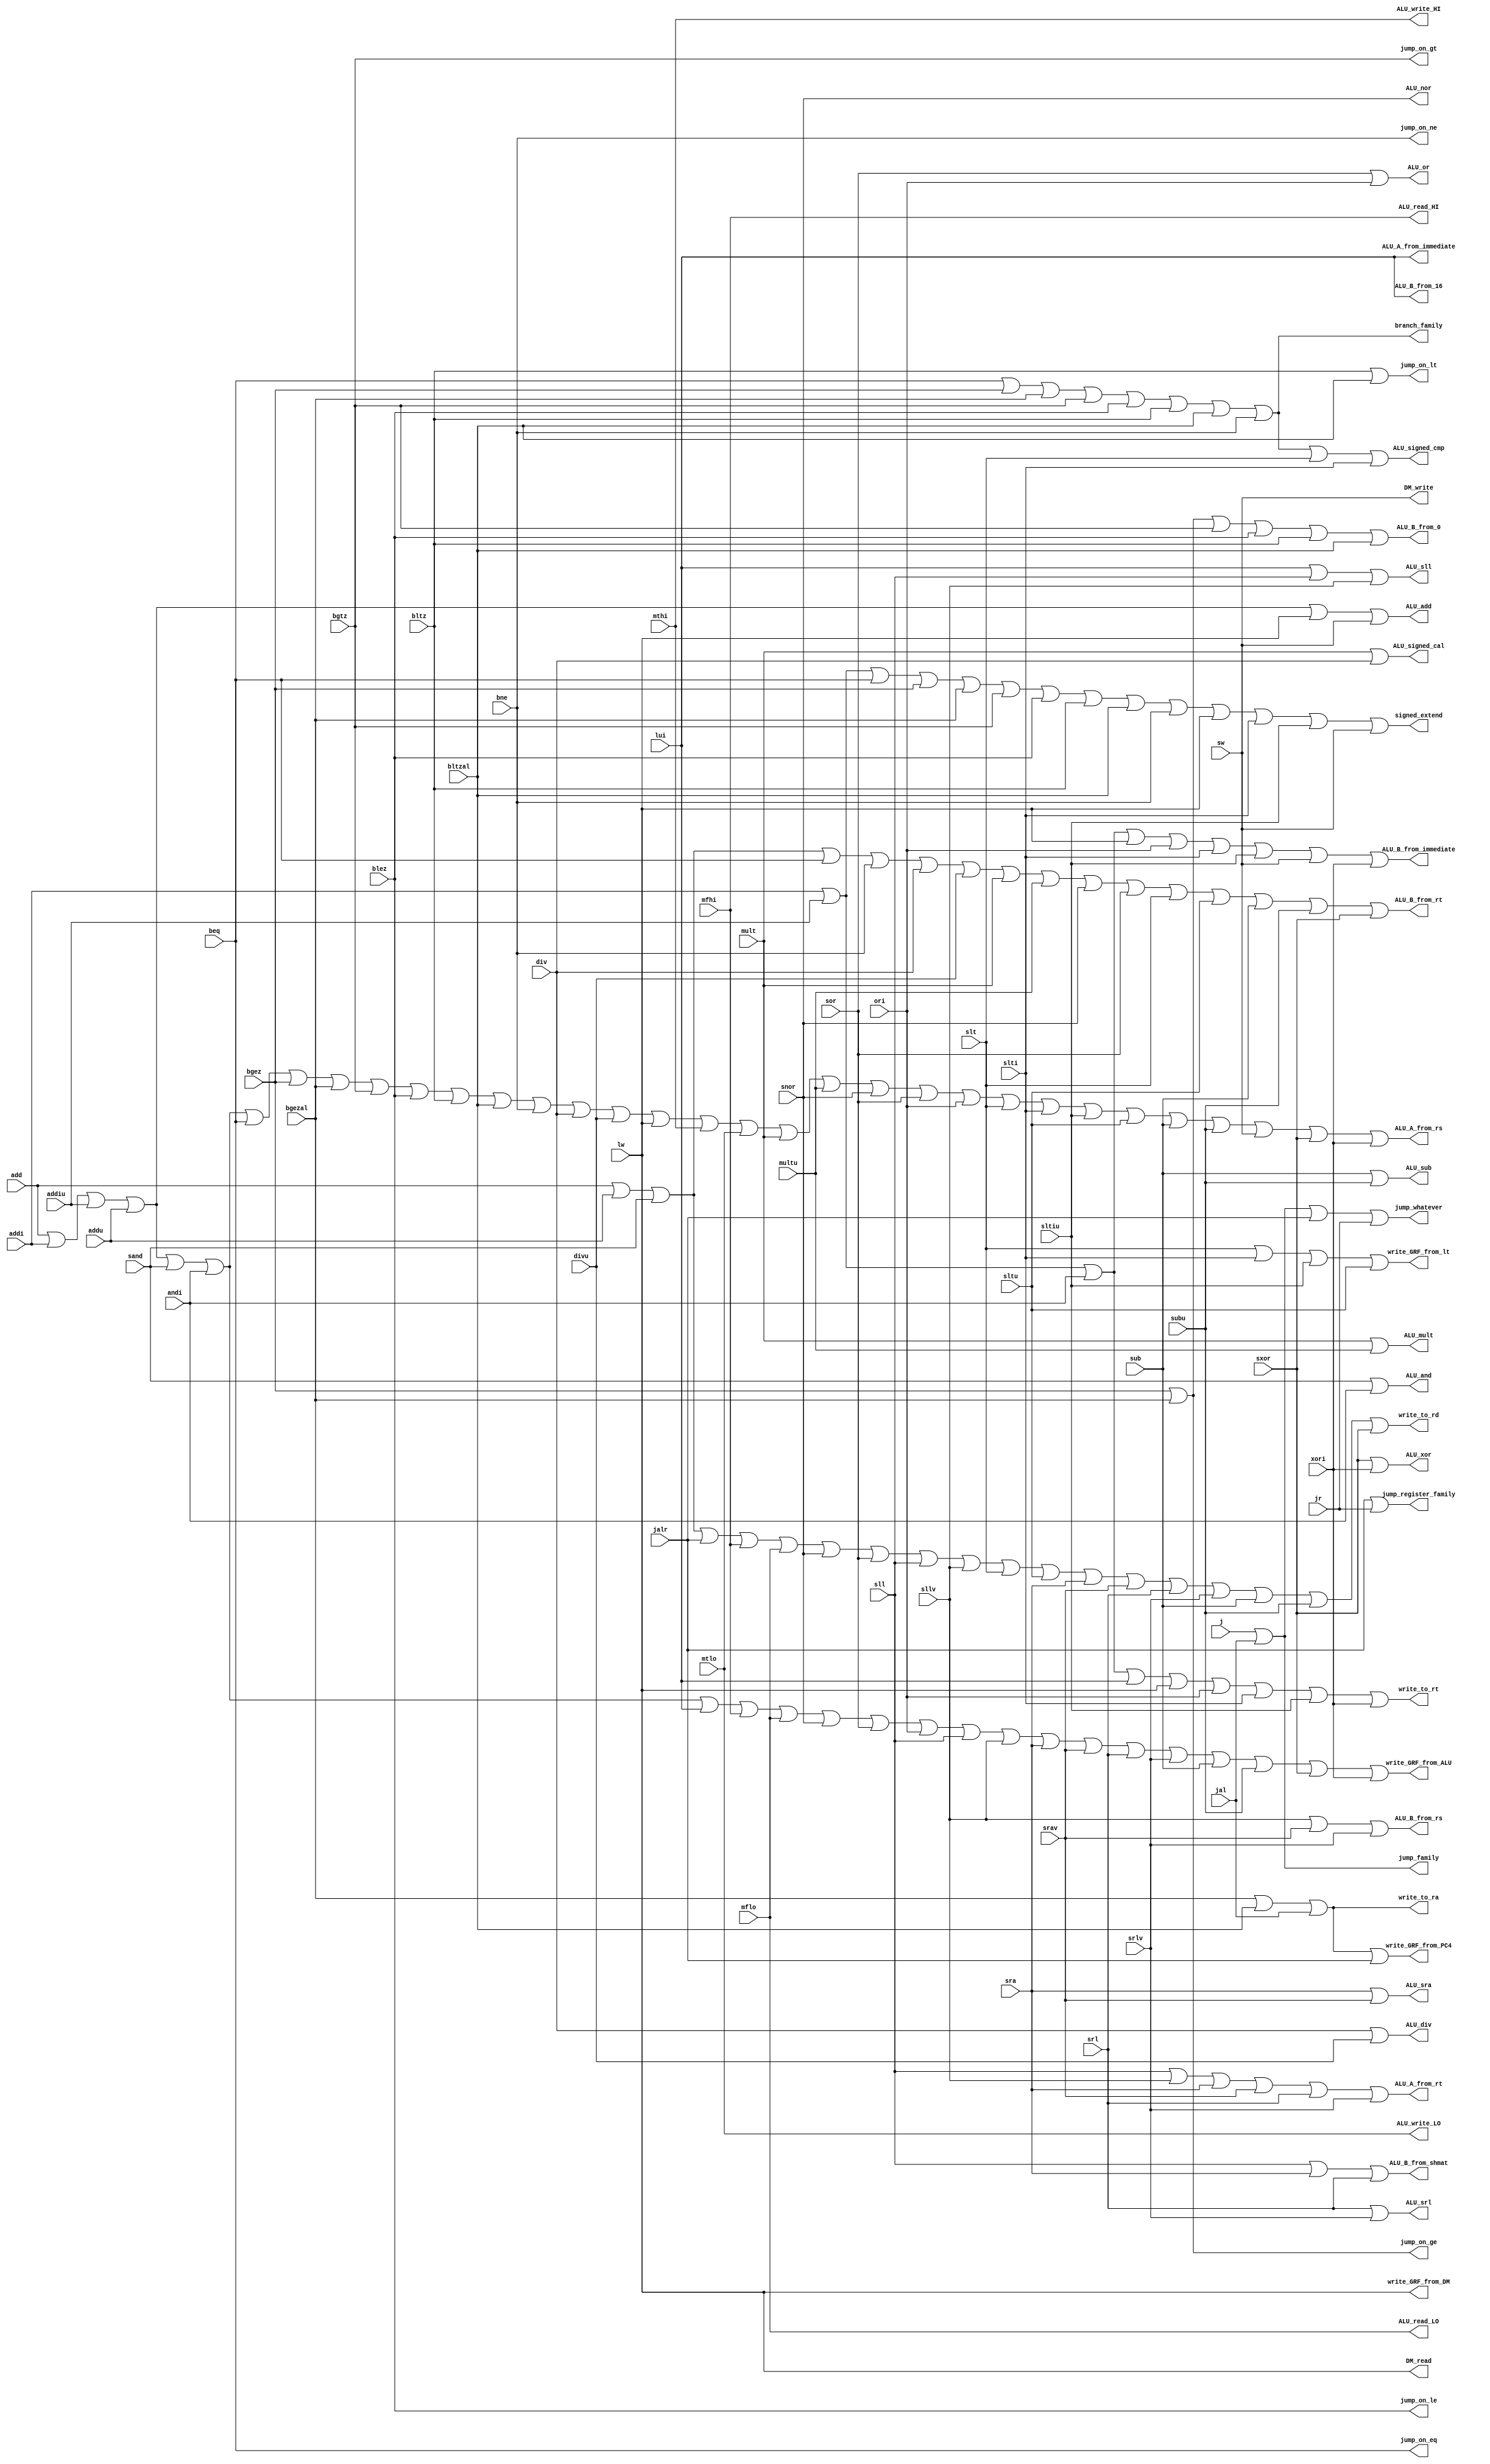
`timescale 1ns / 1ps
module CTRL_sort(
	add, addi, addiu, addu, sand, andi, beq, bgez, bgezal, bgtz, blez, bltz, bltzal, bne, div, divu, j, jal, jalr, jr, lui,
	lw, mfhi, mflo, mthi, mtlo, mult, multu, snor, sor, ori, sll, sllv, slt, slti, sltiu, sltu, sra, srav, srl, srlv, sub,
	subu, sw, sxor, xori,
	jump_on_lt, jump_on_le, jump_on_eq, jump_on_ge, jump_on_gt, jump_on_ne, jump_whatever,
	branch_family, jump_family, jump_register_family,
	signed_extend,
	write_to_rt, write_to_rd, write_to_ra,
	write_GRF_from_ALU, write_GRF_from_PC4, write_GRF_from_DM, write_GRF_from_lt,
	ALU_A_from_rs, ALU_A_from_rt, ALU_A_from_immediate,
	ALU_B_from_rs, ALU_B_from_rt, ALU_B_from_immediate, ALU_B_from_shmat, ALU_B_from_0, ALU_B_from_16,
	ALU_add, ALU_sub, ALU_mult, ALU_div, ALU_sll, ALU_srl, ALU_sra, ALU_or, ALU_and, ALU_xor, ALU_nor, ALU_signed_cal, ALU_signed_cmp,
	ALU_read_LO, ALU_read_HI, ALU_write_LO, ALU_write_HI,
	DM_read, DM_write
);
input add, addi, addiu, addu, sand, andi, beq, bgez, bgezal, bgtz, blez, bltz, bltzal, bne, div, divu, j, jal, jalr, jr, lui,
	  lw, mfhi, mflo, mthi, mtlo, mult, multu, snor, sor, ori, sll, sllv, slt, slti, sltiu, sltu, sra, srav, srl, srlv, sub,
	  subu, sw, sxor, xori;
output jump_on_lt, jump_on_le, jump_on_eq, jump_on_ge, jump_on_gt, jump_on_ne, jump_whatever,
	   branch_family, jump_family, jump_register_family,
	   signed_extend,
	   write_to_rt, write_to_rd, write_to_ra,
	   write_GRF_from_ALU, write_GRF_from_PC4, write_GRF_from_DM, write_GRF_from_lt,
	   ALU_A_from_rs, ALU_A_from_rt, ALU_A_from_immediate,
	   ALU_B_from_rs, ALU_B_from_rt, ALU_B_from_immediate, ALU_B_from_shmat, ALU_B_from_0, ALU_B_from_16,
	   ALU_add, ALU_sub, ALU_mult, ALU_div, ALU_sll, ALU_srl, ALU_sra, ALU_or, ALU_and, ALU_xor, ALU_nor, ALU_signed_cal, ALU_signed_cmp,
	   ALU_read_LO, ALU_read_HI, ALU_write_LO, ALU_write_HI,
	   DM_read, DM_write;
	assign jump_on_lt = bltz || bltzal;
	assign jump_on_le = blez;
	assign jump_on_eq = beq;
	assign jump_on_ge = bgez || bgezal;
	assign jump_on_gt = bgtz;
	assign jump_on_ne = bne;
	assign jump_whatever = j || jal || jalr || jr;
	assign branch_family = beq || bgez || bgezal || bgtz || blez || bltz || bltzal || bne;
	assign jump_family = j || jal;
	assign jump_register_family = jalr || jr;
	assign signed_extend = addi || addiu || beq || bgez || bgezal || bgtz || blez || bltz || bltzal || bne || lw || slti || sltiu || sw;
	assign write_to_rt = addi || addiu || andi || lui || lw || ori || slti || sltiu || xori;
	assign write_to_rd = add || addu || sand || jalr || mfhi || mflo || snor || sor || sll || sllv || slt || sltu || sra || srav || srl || srlv || sub || subu || sxor;
	assign write_to_ra = bgezal || bltzal || jal;
	assign write_GRF_from_ALU = add || addi || addiu || addu || sand || andi || lui || mfhi || mflo || snor || sor || ori || sll || sllv || sra || srav || srl || srlv || sub || subu || sxor || xori;
	assign write_GRF_from_PC4 = bgezal || bltzal || jal || jalr;
	assign write_GRF_from_DM = lw;
	assign write_GRF_from_lt = slt || slti || sltiu || sltu;
	assign ALU_A_from_rs = add || addi || addiu || addu || sand || andi || beq || bgez || bgezal || bgtz || blez || bltz || bltzal || bne || div || divu || lw || mthi || mtlo || mult || multu || snor || sor || ori || slt || slti || sltiu || sltu || sub || subu || sw || sxor || xori;
	assign ALU_A_from_rt = sll || sllv || sra || srav || srl || srlv;
	assign ALU_A_from_immediate = lui;
	assign ALU_B_from_rs = sllv || srav || srlv;
	assign ALU_B_from_rt = add || addu || sand || beq || bne || div || divu || mult || multu || snor || sor || slt || sltu || sub || subu || sxor;
	assign ALU_B_from_immediate = addi || addiu || andi || lw || ori || slti || sltiu || sw || xori;
	assign ALU_B_from_shmat = sll || sra || srl;
	assign ALU_B_from_0 = bgez || bgezal || bgtz || blez || bltz || bltzal;
	assign ALU_B_from_16 = lui;
	assign ALU_add = add || addi || addiu || addu || lw || sw;
	assign ALU_sub = sub || subu;
	assign ALU_mult = mult || multu;
	assign ALU_div = div || divu;
	assign ALU_sll = lui || sll || sllv;
	assign ALU_srl = srl || srlv;
	assign ALU_sra = sra || srav;
	assign ALU_or = sor || ori;
	assign ALU_and = sand || andi;
	assign ALU_xor = sxor || xori;
	assign ALU_nor = snor;
	assign ALU_signed_cal = mult || div;
	assign ALU_signed_cmp = beq || bgez || bgezal || bgtz || blez || bltz || bltzal || bne || slt || slti;
	assign ALU_read_LO = mflo;
	assign ALU_read_HI = mfhi;
	assign ALU_write_LO = mtlo;
	assign ALU_write_HI = mthi;
	assign DM_read = lw;
	assign DM_write = sw;
endmodule